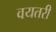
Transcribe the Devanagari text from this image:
वयतरी